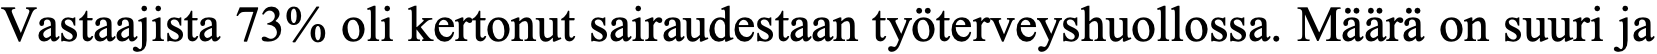
Vastaajista 73% oli kertonut sairaudestaan työterveyshuollossa. Määrä on suuri ja